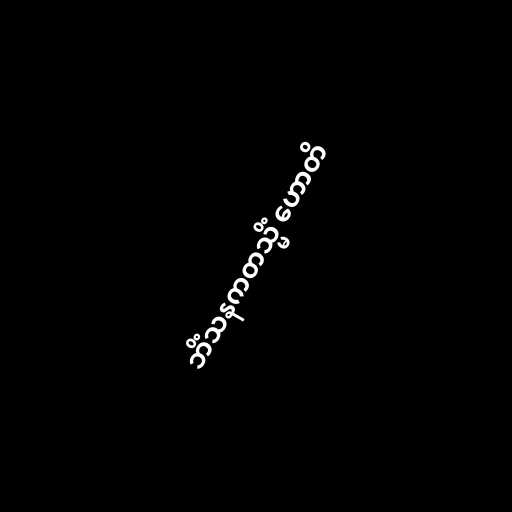
ဘိံသနကတသ္မိံ ဟောတိ